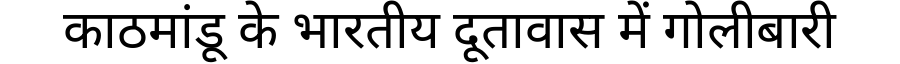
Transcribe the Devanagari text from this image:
काठमांडू के भारतीय दूतावास में गोलीबारी